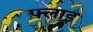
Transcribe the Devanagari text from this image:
फ्लाइ